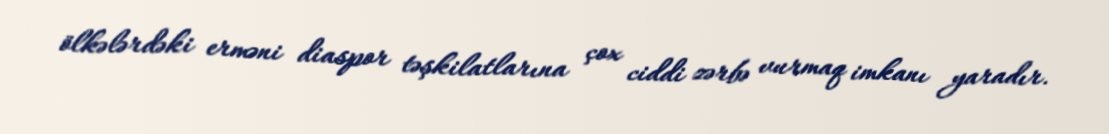
ölkələrdəki erməni diaspor təşkilatlarına çox ciddi zərbə vurmaq imkanı yaradır.